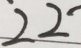
2 2 ^ { - }